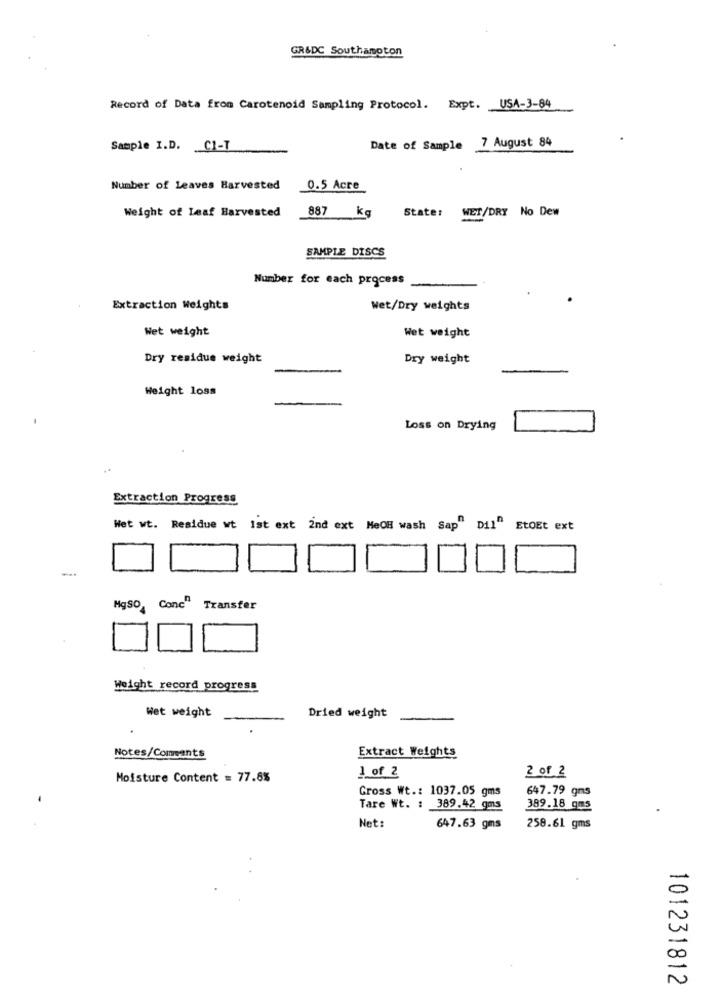
GR&DC Southampton
Record of Data from Carotenoid Sampling Protocol. Expt. USA-3-84
Date of Sample 7 August 84
Sample I.D. C1-T
Number of Leaves Harvested
0.5 Acre
Weight of Leaf Harvested
WET/DRY No Dew
887 kg
Stater
SAMPLE DISCS
Number for each process
Extraction Weights
Wet/Dry weights
Wet weight
Wet weight
Dry residue weight
Dry weight
Weight loss
Loss on Drying
Extraction Progress
Wet wt. Residue wt ist ext 2nd ext MeOH wash Sap" Dil" EtOEt ext
Conc"
MgSO
Transfer
Weight record progress
Wet weight
Dried weight
Extract Weights
Notes/Comments
1 of 2
Moisture Content = 77.8%
2 of 2
Gross Wt .: 1037.05 gms
647.79 gms
Tare Wt. : 389.42 gms
389.18 qms
Net:
647.63 gms
258.61 gms
101231812